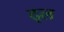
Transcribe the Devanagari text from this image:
द्ल